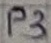
Text: P3